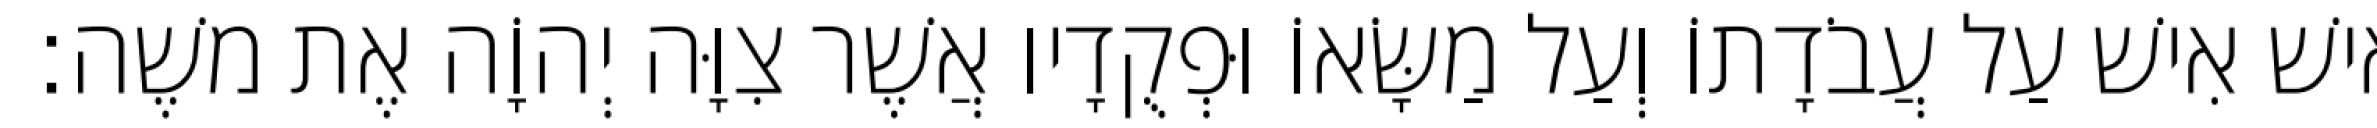
אִישׁ אִישׁ עַל עֲבֹדָתוֹ וְעַל מַשָּׂאוֹ וּפְקֻדָיו אֲשֶׁר צִוָּה יְהוָֹה אֶת משֶׁה׃